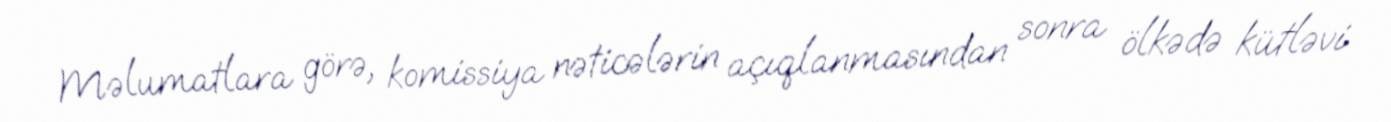
Məlumatlara görə, komissiya nəticələrin açıqlanmasından sonra ölkədə kütləvi